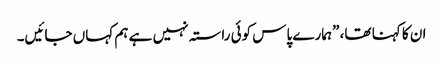
ان کا کہنا تھا، ”ہمارے پاس کوئی راستہ نہیں ہے ہم کہاں جائیں۔